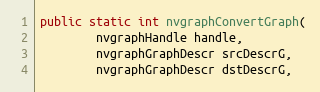
Language: Java
public static int nvgraphConvertGraph(
        nvgraphHandle handle,
        nvgraphGraphDescr srcDescrG,
        nvgraphGraphDescr dstDescrG,